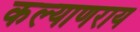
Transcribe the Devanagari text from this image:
कल्याणराय